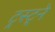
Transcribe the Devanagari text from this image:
ट्रस्ट्ने